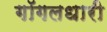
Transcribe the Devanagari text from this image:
गॉगलधारी